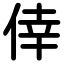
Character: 倖